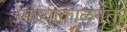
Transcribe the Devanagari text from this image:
संध्याकाळनंतर